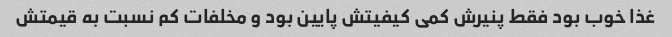
غذا خوب بود فقط پنیرش کمی کیفیتش پایین بود و مخلفات کم نسبت به قیمتش